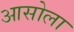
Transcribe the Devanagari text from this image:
आसोला